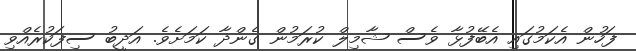
ފަހުން އެކަމުގައި އެބޭފުޅާ ވެސް ޝާމިލް ކުރަމުން ގެންދާ ކަމަށެވެ. އަދީބު ސިފަކުރެއްވި